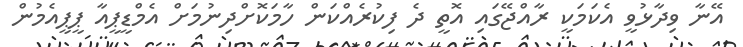
އޭނާ ވިދާޅުވީ އެކަމަކީ ރާއްޖޭގައި އޮތީ ދެ ފިކުރެއްކަން ހާމަކޮށްދިނުމަށް އެމްޑީޕީއާ ޕީޕީއެމުން